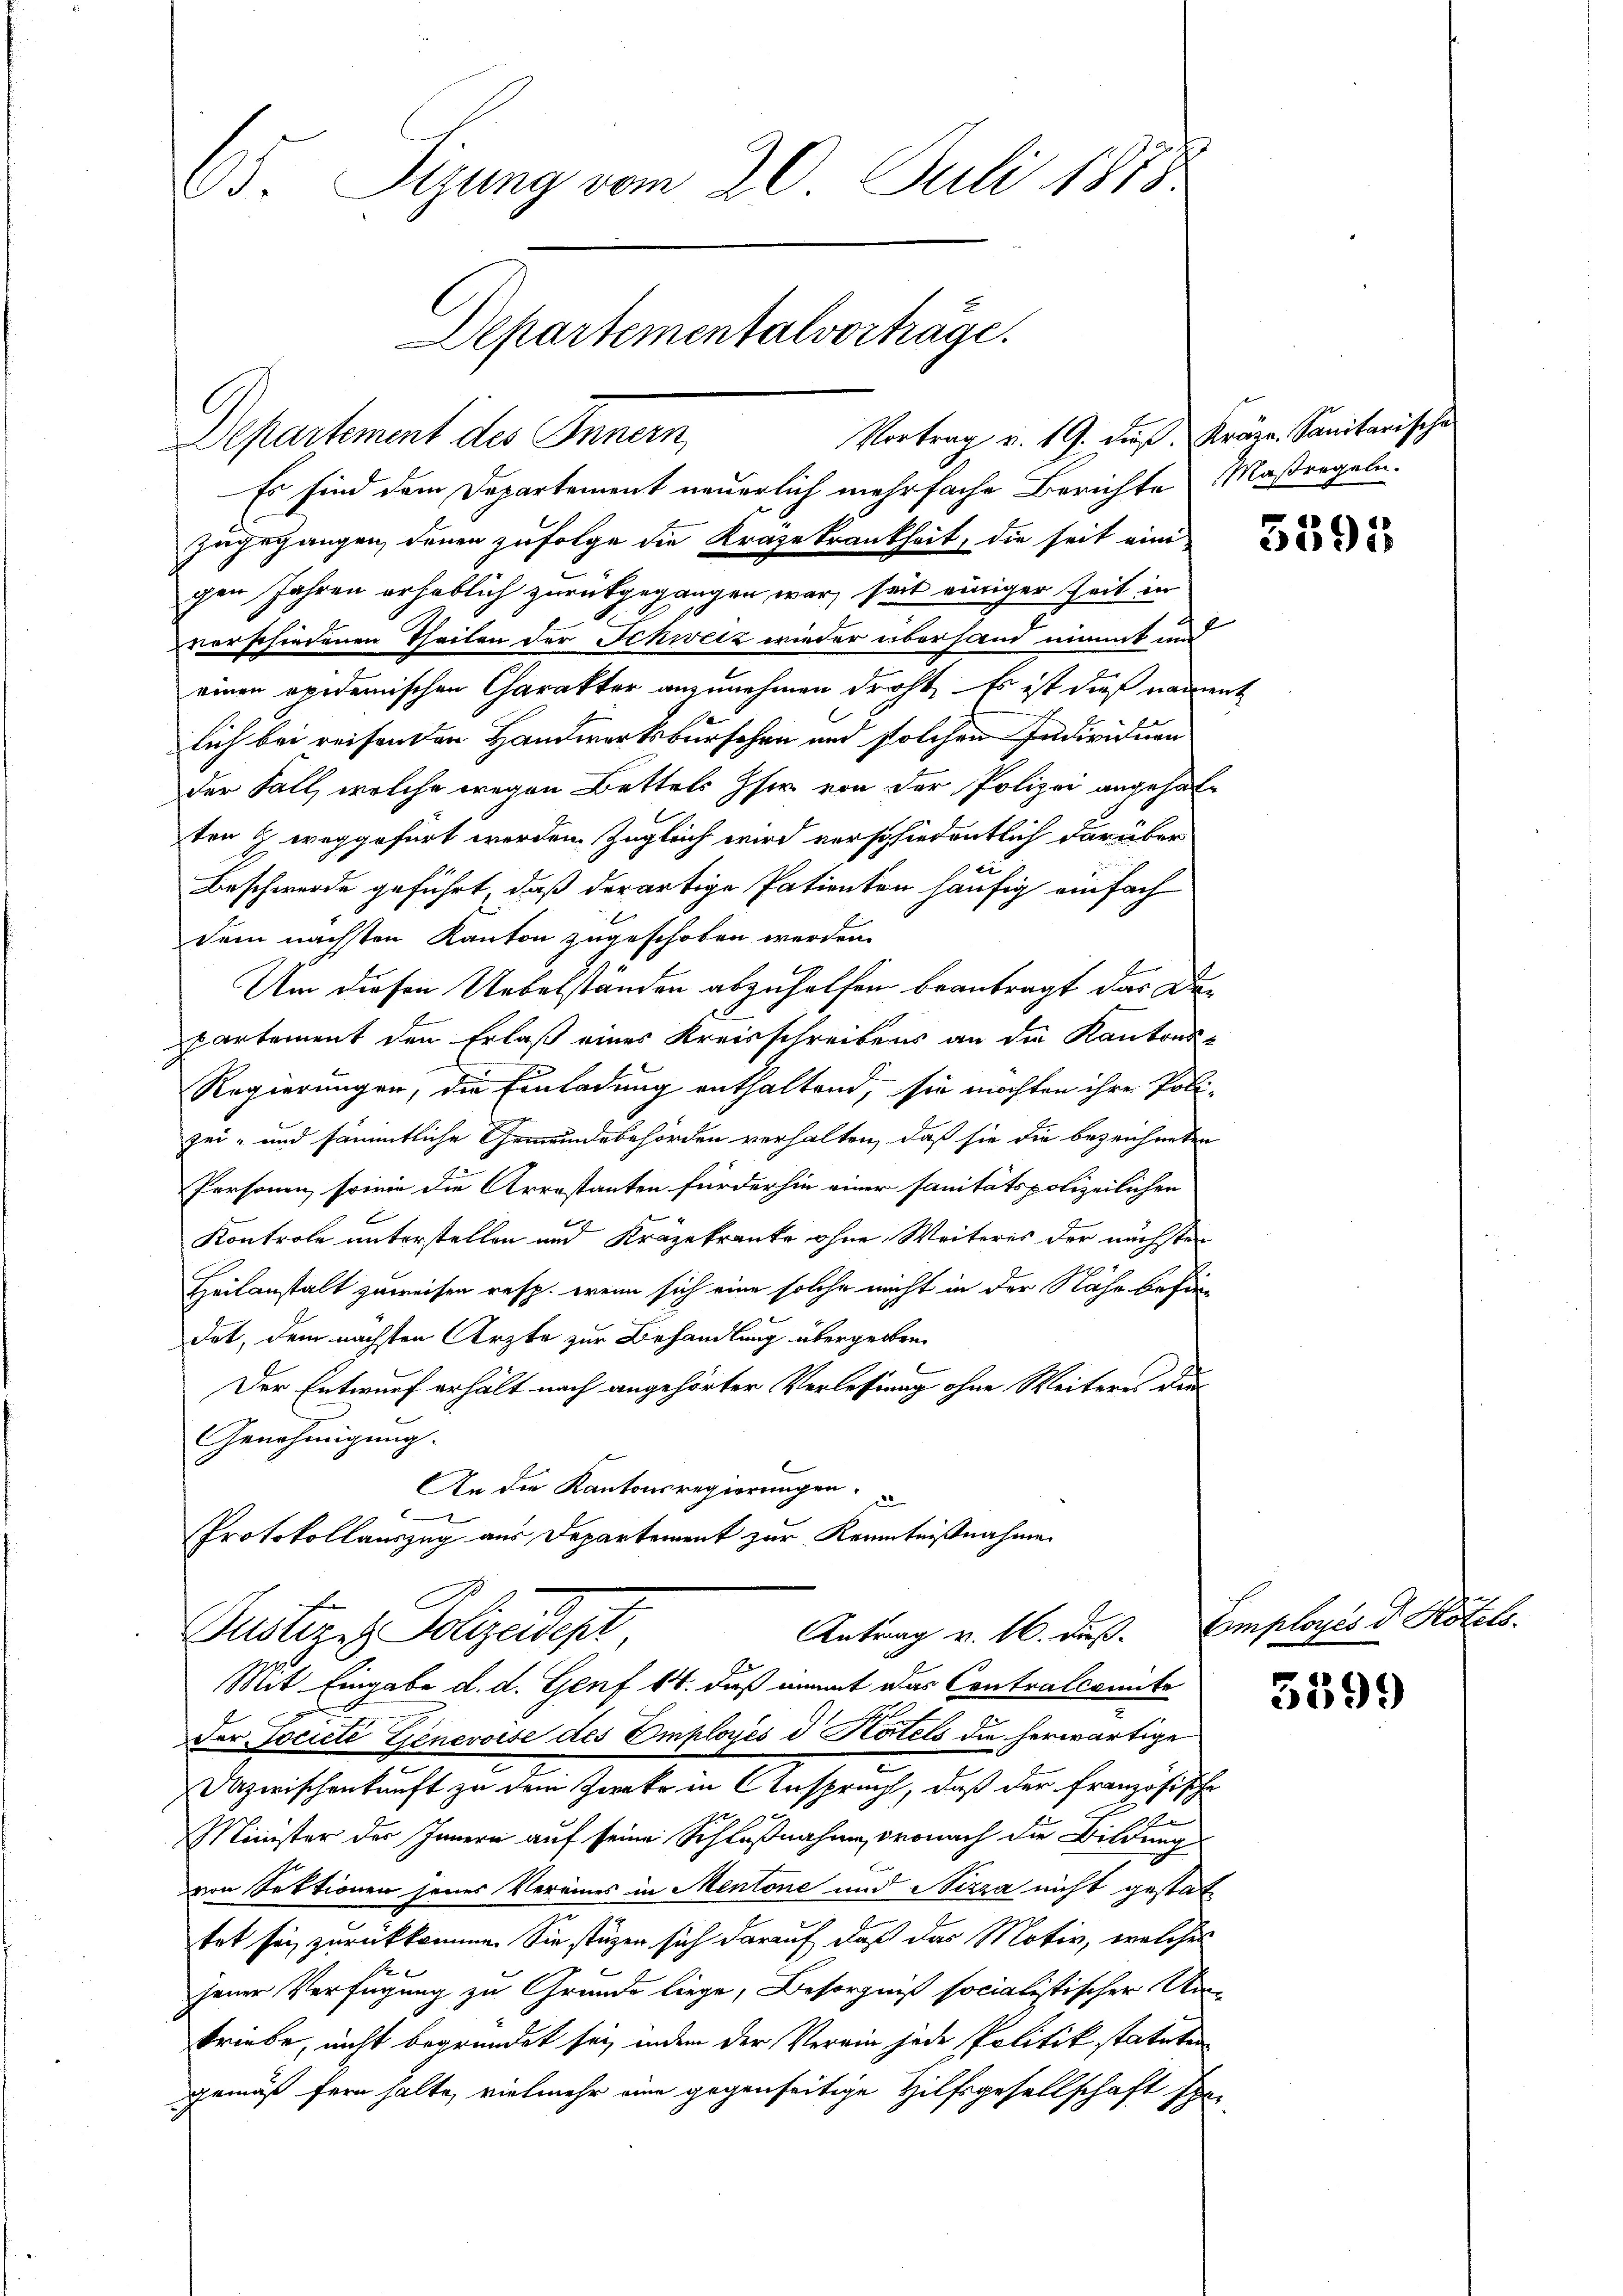
5. Sizung vom 20. Juli 1815
Departementalvorträge.
Vortrag u. 19. dieß, Kräge. Sanitarische
Departement des Innern,

Es sind dem Departement neuerlich mehrfache Berichte Maßregeln.

zugegangen, denen zufolge die Krage krankheit, die seit eini-
gen Jahren erheblich zurückgegangen war, seit einiger Zeit in
verschiedenen Theilen der Schweiz wieder überhand nimmt und
einen apidemischen Charakter anzunehmen droht. Es ist dieß nament
lich bei reisenden Handwerksburschen und solchen Individuen
der Fall, welche wegen Bettels her von der Polizei angehalten H. weggefürt werden Zugleich wird verschiedentlich darüber
e
Beschwerde geführt, daß derartige Patienten häufig einfach
dem nächsten Kanton zugeschoben werden.
Um diesen Uebelständen abzuhelfen beantragt das Departement den Erlaß eines Kreisschreibens an die Kantons-
Regierungen, die Einladung enthaltend, sie möchten ihre Poli-
zei- und sämmtliche Gemeindebehörden verhalten, daß sie die bezeichneten
Personen sowie die Arrestanten für der hin einer sanitätspolizeilichen
Kontrole unterstellen und Kräzekranke ohne Weiteres der nächsten
Heilanstalt zuweisen resp. wenn sich eine solche nicht in der Nähe befördet, dem nächsten Ärzte zur Behandlung übergeben.
Der Entwurf erhält nach angehörter Verlesung ohne Weiteres dur
Genehmigung.
l
An die Kantonsregierungen
9
Protokollauszug aus Departement zur Kenntnißnahme

Pustere Polizeidept
Antrag v. 16. dieß.

Mit Eingabe d. d. Genf 14. daß nimmt das Contralcomite
der Societe Genevoise des Employés d. Kotels die herwärtige
Dazwischenkunft zu dem Zweke in Anspruch, daß der französische
Minister der Innern auf seine Schlußnahme, wonach die Bildung
von Sektionen jenes Vereines in Mentone und Nizza nicht gestattet sei zurückkommen Sie stüzen sich darauf, daß das Motiv, welches
1
jener Verfügung zu Grunde liege, Besorgniß socialistischer Um-
triebe, nicht begründet sei, indem der Verein jede Politik statuten
gemäß fern halte, vielmehr eine gegenseitige Hilfsgesellschaft spo-

5595

Employées d. Kotels.

5399